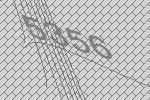
5356